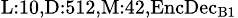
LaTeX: _{\textrm{L}:10,\textrm{D}:512,\textrm{M}:42,\textrm{EncDec}_{\textrm{B}1}}